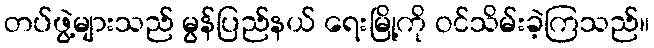
တပ်ဖွဲ့များသည် မွန်ပြည်နယ် ရေးမြို့ကို ဝင်သိမ်းခဲ့ကြသည်။